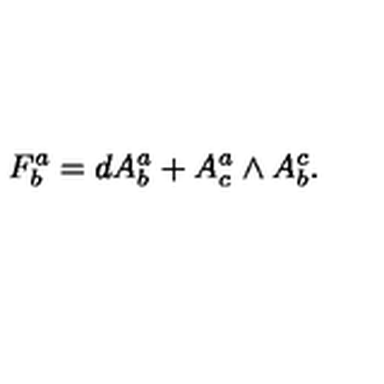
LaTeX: F _ { b } ^ { a } = d A _ { b } ^ { a } + A _ { c } ^ { a } \wedge A _ { b } ^ { c } .